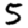
Digit: 5